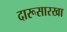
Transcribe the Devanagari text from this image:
दारूसारखा